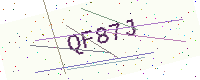
Text: QF87J